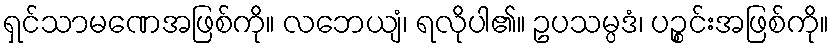
ရှင်သာမဏေအဖြစ်ကို။ လဘေယျံ၊ ရလိုပါ၏။ ဥပသမ္ပဒံ၊ ပဉ္စင်းအဖြစ်ကို။